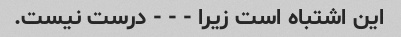
این اشتباه است زیرا - - - درست نیست.